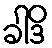
ခါဒိ